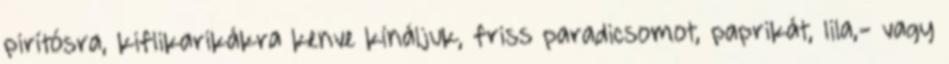
pirítósra, kiflikarikákra kenve kínáljuk, friss paradicsomot, paprikát, lila,- vagy